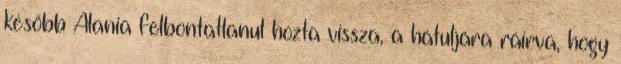
később Alania felbontatlanul hozta vissza, a hátuljára ráírva, hogy